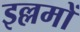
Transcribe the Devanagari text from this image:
इल्लमों